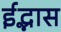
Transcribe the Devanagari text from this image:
ईद्भास